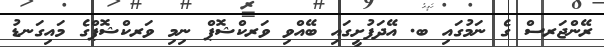
ރޭންޖަރސް ގެ ނަމުގައި ބ. އޭދަފުށީގައި ބޭއްވި ވަރކްޝޮޕް ނިމި ވަރކްޝޮޕްގެ މައިގަނޑު